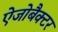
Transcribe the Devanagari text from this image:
ऐजोबैक्टर